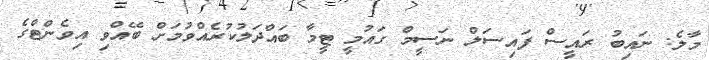
މާލެ: ނައިބު ރައީސް ފައިސަލް ނަސީމް ގައުމީ ޓީމާ ބައްދަލުކުރެއްވުމަށް ބޭއްވި އިވެންޓްގެ